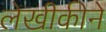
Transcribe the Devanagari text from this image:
लेखीकीने